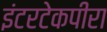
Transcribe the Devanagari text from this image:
इंटरटेकपीरा